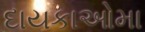
દાયકાઓમા